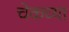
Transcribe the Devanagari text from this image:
चेकच्या